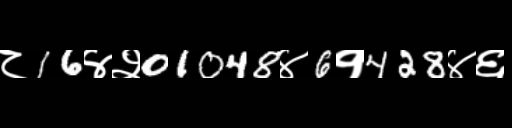
Text: ८16४२01048४6१428४६